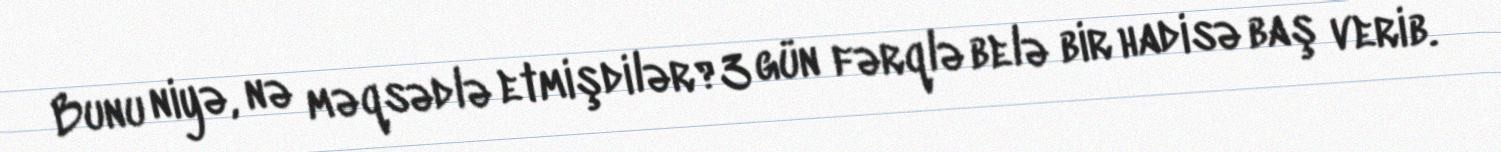
Bunu niyə, nə məqsədlə etmişdilər?3 gün fərqlə belə bir hadisə baş verib.